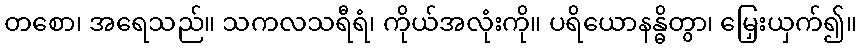
တစော၊ အရေသည်။ သကလသရီရံ၊ ကိုယ်အလုံးကို။ ပရိယောနန္ဓိတွာ၊ မြှေးယှက်၍။